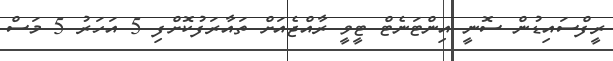
ރީފްސައިޑުން ސޮނީ އިންޓަނެޓް ޓީވީ ރާއްޖެއަށް ތައާރަފުކޮށްފި 5 އަހަރު 5 މަސް